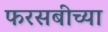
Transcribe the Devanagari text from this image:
फरसबीच्या